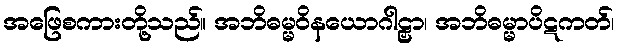
အဖြေစကားတို့သည်။ အဘိဓမ္မဝိနယောဂါဠှာ၊ အဘိဓမ္မာပိဋကတ်၊